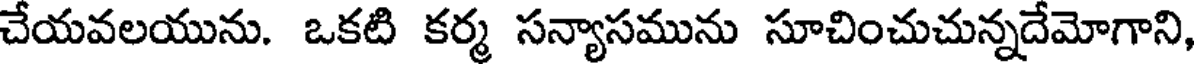
చేయవలయును. ఒకటి కర్మ సన్యాసమును సూచించుచున్నదేమోగాని,